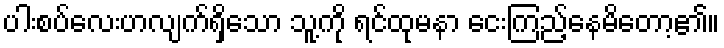
ပါးစပ်လေးဟလျက်ရှိသော သူ့ကို ရင်ထုမနာ ငေးကြည့်နေမိတော့၏။